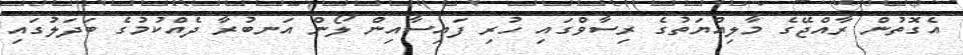
އެގޮތުން ރާއްޖޭގެ މާލިއްޔަތުގެ ރިސާވްގައި ހުރި ފައިސާއިން ލޯން އަނބުރާ ދެއްކުމުގެ ބަދަލުގައި